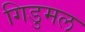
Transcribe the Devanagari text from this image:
गिडुमल